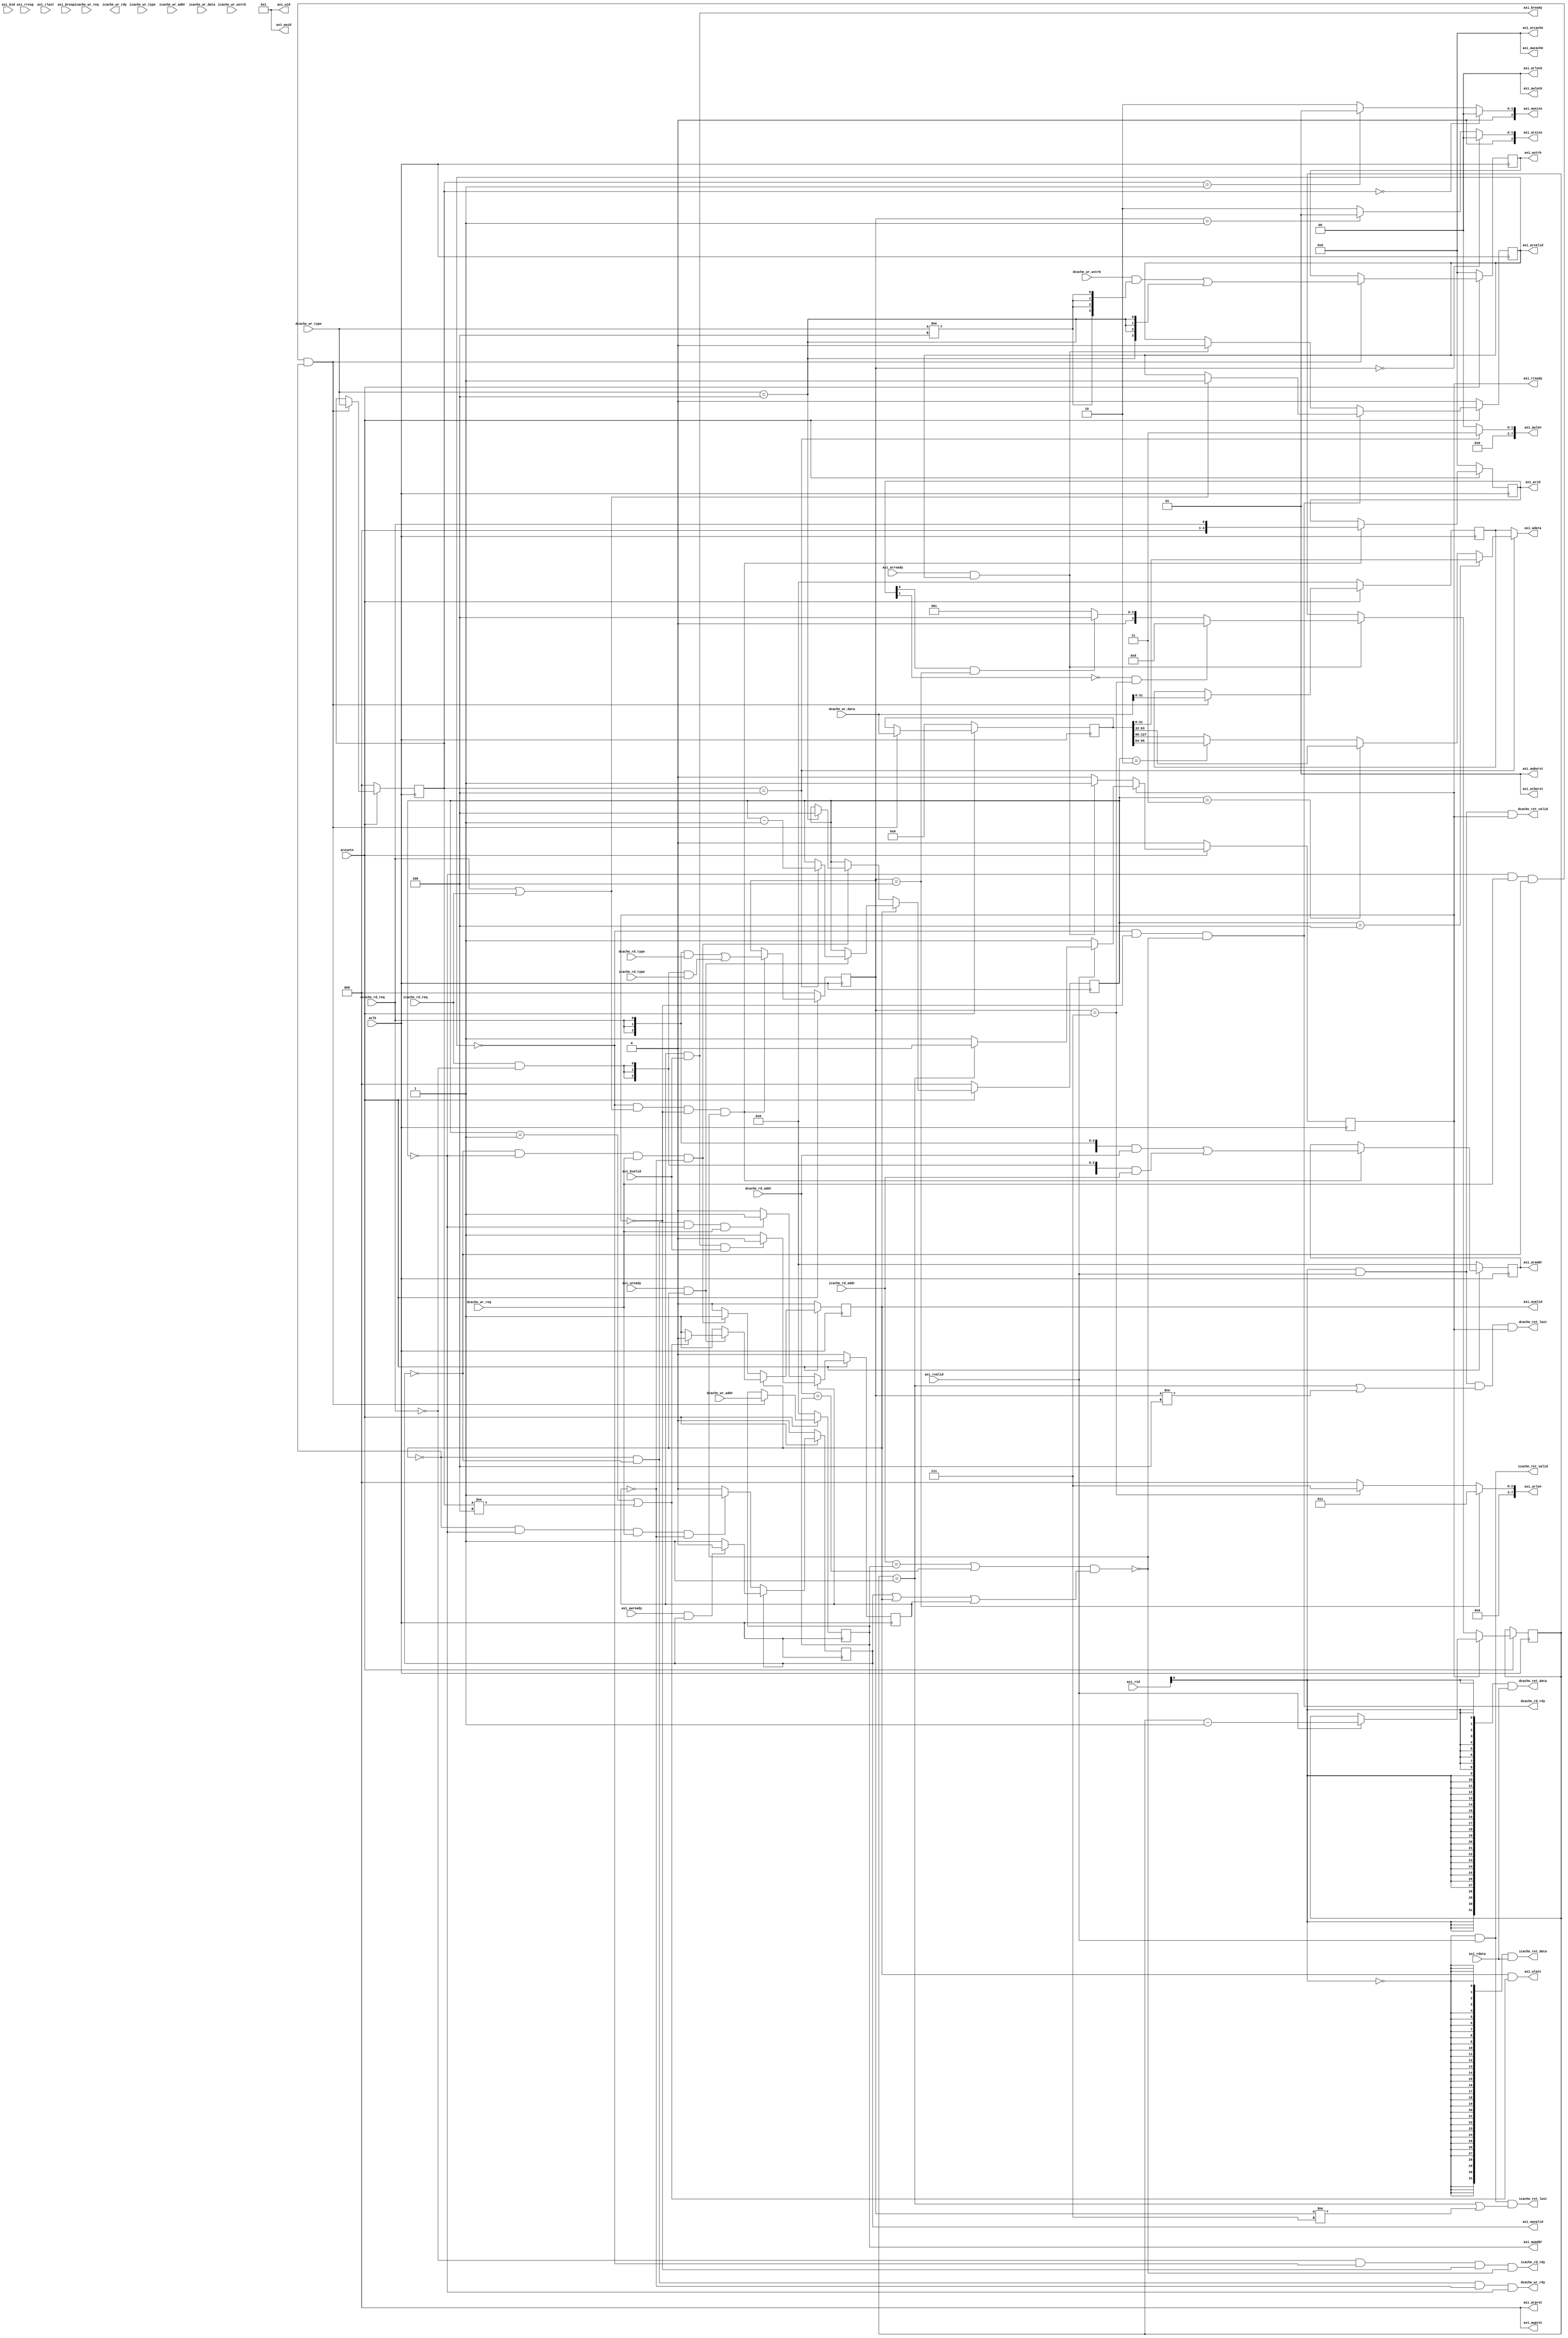
module cache2axi (
     input                               aclk             ,
     input                               aresetn          ,        
     // Dcache interface
     // r
     input                               dcache_rd_req    ,
     input        [2:0]                  dcache_rd_type   ,
     input        [31:0]                 dcache_rd_addr   ,
     output                              dcache_rd_rdy    ,
     output                              dcache_ret_valid ,
     output                              dcache_ret_last  ,
     output       [31:0]                 dcache_ret_data  ,
     // w
     input                               dcache_wr_req    ,
     input        [2:0]                  dcache_wr_type   ,
     input        [31:0]                 dcache_wr_addr   ,
     input        [3:0]                  dcache_wr_wstrb  ,
     input        [127:0]                dcache_wr_data   ,
     output                              dcache_wr_rdy    ,
     //Icache interface
     // r
     input                               icache_rd_req    ,
     input        [2:0]                  icache_rd_type   ,
     input        [31:0]                 icache_rd_addr   ,
     output                              icache_rd_rdy    ,
     output                              icache_ret_valid ,
     output                              icache_ret_last  ,
     output       [31:0]                 icache_ret_data  ,
     // 
     input                               icache_wr_req    ,
     input        [2:0]                  icache_wr_type   ,
     input        [31:0]                 icache_wr_addr   ,
     input        [3:0]                  icache_wr_wstrb  ,
     input        [127:0]                icache_wr_data   ,
     output                              icache_wr_rdy    ,
     // axi interface
     // read request (ar)
     output       [3 :0]                 axi_arid   ,
     output       [31:0]                 axi_araddr ,
     output       [7 :0]                 axi_arlen  ,
     output       [2 :0]                 axi_arsize ,
     output       [1 :0]                 axi_arburst,
     output       [1 :0]                 axi_arlock ,
     output       [3 :0]                 axi_arcache,
     output       [2 :0]                 axi_arprot ,
     output                              axi_arvalid,
     input                               axi_arready,

     // read response (r)
     input       [3 :0]                  axi_rid    ,
     input       [31:0]                  axi_rdata  ,
     input       [1 :0]                  axi_rresp  ,
     input                               axi_rlast  ,
     input                               axi_rvalid ,
     output                              axi_rready ,

     // write request (aw)
     output      [3 :0]                  axi_awid   ,
     output      [31:0]                  axi_awaddr ,
     output      [7 :0]                  axi_awlen  ,
     output      [2 :0]                  axi_awsize ,
     output      [1 :0]                  axi_awburst,
     output      [1 :0]                  axi_awlock ,
     output      [3 :0]                  axi_awcache,
     output      [2 :0]                  axi_awprot ,
     output                              axi_awvalid,
     input                               axi_awready,

     // write data (w)
     output       [3 :0]                  axi_wid    ,
     output       [31:0]                  axi_wdata  ,
     output       [3 :0]                  axi_wstrb  ,
     output                               axi_wlast  ,
     output                               axi_wvalid ,
     input                                axi_wready ,

     // write response (b)
     input       [3 :0]                  axi_bid    ,
     input       [1 :0]                  axi_bresp  ,
     input                               axi_bvalid ,
     output                              axi_bready 
 );

// some constants

assign  axi_arburst     = 2'b01;
assign  axi_arlock      = 2'b00;
assign  axi_arcache     = 4'b0000;
assign  axi_arprot      = 3'b000;

assign  axi_awid        = 4'b0001;
assign  axi_awburst     = 2'b01;
assign  axi_awlock      = 2'b00;
assign  axi_awcache     = 4'b0000;
assign  axi_awprot      = 3'b000;

assign  axi_wid         = 4'b0001;

/*
读地?与数据?道
*/

reg                 ar_pass_busy;
reg                 r_pass_busy;

reg   [3:0]         r_count;

reg   [3:0]         arid;
reg   [31:0]        araddr;
reg   [2:0]         artype;

wire        relevant;

// reg         rready;


always@(posedge aclk)begin
    if(!aresetn)begin
        ar_pass_busy <= 1'b0;
    end
    else begin
        if(!ar_pass_busy && !r_pass_busy && !relevant)begin
            if(dcache_rd_req || icache_rd_req)begin
                ar_pass_busy <= 1'b1;
            end
        end
        else begin
            if(axi_arready && axi_arvalid)begin
                ar_pass_busy <= 1'b0;
            end
        end
    end
end

always@(posedge aclk)begin
    if(!aresetn)begin
        r_pass_busy <= 1'b0;
    end
    else begin
        if(!r_pass_busy)begin
            if(ar_pass_busy && axi_arvalid && axi_arready)begin
                r_pass_busy <= 1'b1;
                if(!arid[1] && artype == 3'b111)begin
                    r_count <= 4'd8;
                end
                else if(arid[0] && artype == 3'b100)begin
                    r_count <= 4'd4;
                end
                else begin
                    r_count <= 4'd1;
                end
            end
        end
        else begin
            if(axi_rvalid)begin
                if(r_count == 3'd1)begin
                    r_pass_busy <= 1'b0;
                end
                r_count <= r_count -1;
            end

        end
    end   
end


always@(posedge aclk)begin
    if(!aresetn)begin
        arid    <= 4'b0000;
        araddr  <= 0;
        artype  <= 0;
    end
    else begin
        if(!ar_pass_busy && (dcache_rd_req || icache_rd_req) && !r_pass_busy && !relevant)begin
            arid    <= {3'b000,dcache_rd_req};
            araddr  <= {32{dcache_rd_req}}&dcache_rd_addr | {32{icache_rd_req&&!dcache_rd_req}}&icache_rd_addr;
            artype  <= {3{dcache_rd_req}}&dcache_rd_type | {3{icache_rd_req&&!dcache_rd_req}}&icache_rd_type;
        end
    end
end


assign axi_araddr   = araddr;
assign axi_arsize   = artype == 3'b000 ? 3'b000:
                      artype == 3'b001 ? 3'b001:
                                3'b010 ;
assign axi_arid     = arid;
assign axi_arlen    = (artype == 3'b100) ? 8'd3 :
                      (artype == 3'b111) ? 8'd7 :
                       8'h0;
                      
assign axi_arvalid  = ar_pass_busy;
assign axi_rready   = r_pass_busy;
 
assign dcache_rd_rdy    = !ar_pass_busy && !r_pass_busy && !relevant;
assign dcache_ret_valid = axi_rid[0] && axi_rvalid && r_pass_busy;
assign dcache_ret_last  = axi_rid[0] && axi_rvalid && (r_count == 1 ||artype != 3'b100) &&r_pass_busy ;
assign dcache_ret_data  = {32{axi_rid[0]}} & axi_rdata;


assign icache_rd_rdy    = !dcache_rd_req & !ar_pass_busy && !r_pass_busy && !relevant;
assign icache_ret_valid = !axi_rid[0] && axi_rvalid;
assign icache_ret_last  = !axi_rid[0] && axi_rvalid && (r_count == 1 ||artype != 3'b111) ;
assign icache_ret_data  = {32{!axi_rid[0]}} & axi_rdata;


/*
写地?与数据?道
*/

reg                 aw_pass_busy;
reg                 w_pass_busy;
reg                 b_pass_busy;

reg     [31:0]      awaddr;
// reg                 wlast;
reg     [2:0]       awtype;
reg     [3:0]       wstrb;
reg     [31:0]      wdata1;




// reg                 write_buffer_ren;
// reg                 write_buffer_wen;
// reg   [127:0]       write_buffer_datain;
// wire  [31:0]        write_buffer_dataout;
// wire                write_buffer_empty;

reg     [127:0]      write_buffer_data;
reg     [2:0]        buffer_count;

wire    [31:0]       wdata2;

always@(posedge aclk)begin
    if(!aresetn)begin
        aw_pass_busy <= 1'b0;
    end
    else begin
        if(!aw_pass_busy)begin
            if(!w_pass_busy && buffer_count == 0 &&dcache_wr_req && !b_pass_busy )begin
                aw_pass_busy <= 1'b1;
            end
        end
        else begin
            if(axi_awready && axi_awvalid)begin
                aw_pass_busy <= 1'b0;
            end
        end
    end
end

always@(posedge aclk)begin
    if(!aresetn)begin
        w_pass_busy <= 1'b0;
        buffer_count <= 3'h0;
    end
    else begin
        if(!w_pass_busy)begin
            if(!aw_pass_busy &&buffer_count == 0 &&dcache_wr_req && !b_pass_busy)begin
                w_pass_busy <= 1'b1;
                if(dcache_wr_type == 3'b100)begin
                    buffer_count <= 3'h4;
                end
            end
        end
        else begin
            if(axi_wready && axi_wvalid )begin
                if(buffer_count == 1 || awtype != 3'b100)begin
                    w_pass_busy <= 1'b0;
                end     
                if(awtype == 3'b100)begin
                    buffer_count <= buffer_count - 1;
                end             
            end
        end
    end
end

// assign wdata2 = buffer_count == 3'h4 ? write_buffer_data[127:96]:
//                 buffer_count == 3'h3 ? write_buffer_data[95:64]:
//                 buffer_count == 3'h2 ? write_buffer_data[63:32]:
//                 write_buffer_data[31:0];

assign wdata2 = buffer_count == 3'h4 ? write_buffer_data[31:0]:
                buffer_count == 3'h3 ? write_buffer_data[63:32]:
                buffer_count == 3'h2 ? write_buffer_data[95:64]:
                write_buffer_data[127:96];


always@(posedge aclk)begin
    if(!aresetn)begin
        b_pass_busy <= 1'b0;
    end
    else begin
        if(!b_pass_busy)begin
            if(!w_pass_busy&& !aw_pass_busy && buffer_count == 0 && dcache_wr_req)begin
                b_pass_busy <= 1'b1;
            end
        end
        else begin
            if(axi_bready && axi_bvalid)begin
                b_pass_busy <= 1'b0;
            end
        end
    end
end

always@(posedge aclk)begin
    if(!aresetn)begin
        write_buffer_data   <= 128'h0;
        awaddr              <= 32'h0;    
        awtype              <= 3'h0;
        wstrb               <= 4'h0;
        wdata1              <= 32'h0;
    end
    else if(buffer_count == 0 && dcache_wr_req && !aw_pass_busy && !w_pass_busy)begin
        write_buffer_data   <= dcache_wr_data;
        awaddr              <= dcache_wr_addr;
        awtype              <= dcache_wr_type;
        wstrb               <= dcache_wr_wstrb& {4{dcache_wr_type != 3'b100}} | {4{dcache_wr_type == 3'b100}};
        wdata1              <= dcache_wr_data[31:0];
    end
end




// write_buffer  write_buffer1(
//     .clk            (aclk),
//     .resetn         (aresetn),
//     .ren            (write_buffer_ren),
//     .wen            (write_buffer_wen),
//     .data_in        (write_buffer_datain),
//     .data_out       (write_buffer_dataout),
//     .w_count        (write_buffer_wcount)
// );


assign      relevant =     (icache_rd_addr == axi_awaddr || dcache_rd_addr == axi_awaddr) && (aw_pass_busy||w_pass_busy || b_pass_busy);


assign      axi_awaddr     = awaddr;
assign      axi_awlen      = (awtype == 3'b100) ? 8'h3 : 8'h0;
assign      axi_awsize     = awtype == 3'b000 ? 3'b000:
                             awtype == 3'b001 ? 3'b001:
                                                3'b010;
assign      axi_awvalid    = aw_pass_busy ;



assign      axi_wdata      = (awtype == 3'b100 )? wdata2 :wdata1 ;
assign      axi_wstrb      =  wstrb;
assign      axi_wlast      = w_pass_busy && (buffer_count == 1 || awtype != 3'b100);       
assign      axi_wvalid     = w_pass_busy  ;

assign      axi_bready     = b_pass_busy && axi_bvalid;

assign      dcache_wr_rdy  = !aw_pass_busy && !w_pass_busy && !b_pass_busy&& (buffer_count == 0);

endmodule